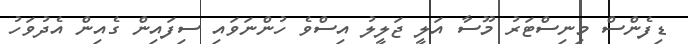
ޑިފެންސް މިނިސްޓަރު މޫސާ އަލީ ޖަލީލު އިސްވެ ހުންނަވައި ސިފައިން ގެއިން އެދުވަހު